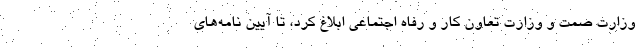
وزارت صمت و وزارت تعاون کار و رفاه اجتماعی ابلاغ کرد، تا آیین نامه‌های